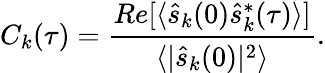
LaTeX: C_{k}(\tau)=\frac{Re[\langle\hat{s}_{k}(0)\hat{s}_{k}^{*}(\tau)\rangle]}{\langle\lvert\hat{s}_{k}(0)\lvert^{2}\rangle}.